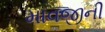
માવજીની